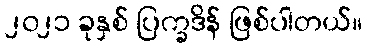
၂၀၂၁ ခုနှစ် ပြက္ခဒိန် ဖြစ်ပါတယ်။